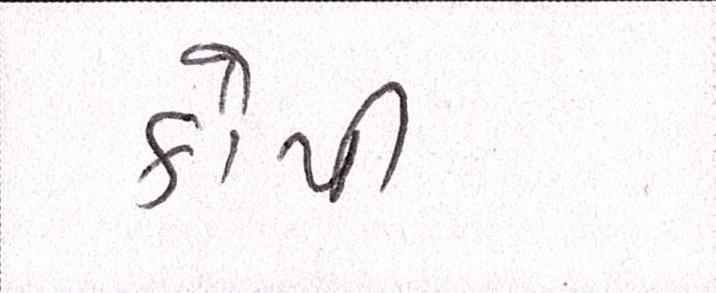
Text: કોપી